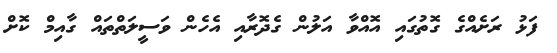
ފަޅު ރަށެއްގެ ގޮތުގައި އޮއްވާ އަލުން ގެދޮރާއި އެހެން ވަސީލަތްތައް ގާއިމް ކޮށް